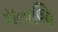
સતાજિ